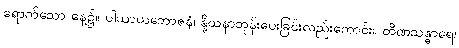
ရောက်သော နေ့၌။ ပါယာယဘောဇနံ၊ နို့ဃနာဘုန်းပေးခြင်းလည်းကောင်း။ တိဏသန္ဓာရေ၊